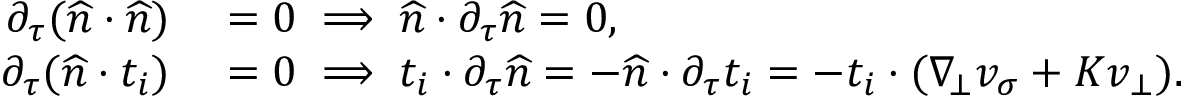
\begin{array} { r l } { \partial _ { \tau } ( \widehat { n } \cdot \widehat { n } ) } & { { } = 0 \implies \widehat { n } \cdot \partial _ { \tau } \widehat { n } = 0 , } \\ { \partial _ { \tau } ( \widehat { n } \cdot t _ { i } ) } & { { } = 0 \implies t _ { i } \cdot \partial _ { \tau } \widehat { n } = - \widehat { n } \cdot \partial _ { \tau } t _ { i } = - t _ { i } \cdot ( \nabla _ { \! \bot } v _ { \sigma } + K v _ { \bot } ) . } \end{array}